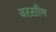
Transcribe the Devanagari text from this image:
वरसीम